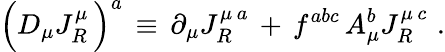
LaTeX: \Big(D_{\mu}J_{R}^{\mu}\, \Big)^{a}\, \equiv\, \partial_{\mu}J_{R}^{\mu\, a}\, +\, f^{abc}\, A_{\mu}^{b}J_{R}^{\mu\, c}\, \, .